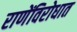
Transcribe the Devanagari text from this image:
राणेंविरोधात